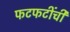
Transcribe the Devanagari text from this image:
फटफटींची